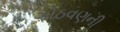
ગોઠવણની